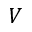
V